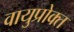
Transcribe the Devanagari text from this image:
वायुप्रोक्त